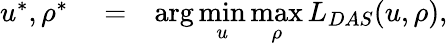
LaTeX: \begin{array}{rlr}{u^{*},\rho^{*}}&{{}=}&{\arg\underset{u}{\operatorname*{min}}\underset{\rho}{\operatorname*{max}}L_{DAS}(u,\rho),}\end{array}